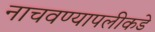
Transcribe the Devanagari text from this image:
नाचवण्यापलीकडे